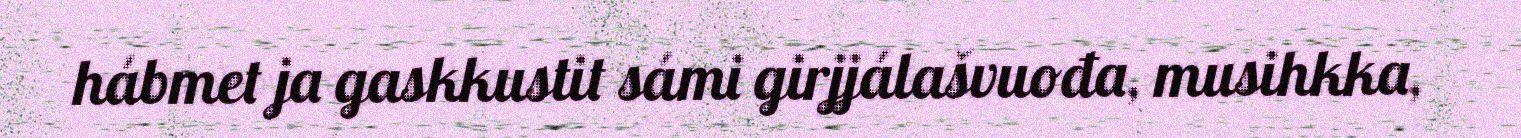
hábmet ja gaskkustit sámi girjjálašvuođa, musihkka,